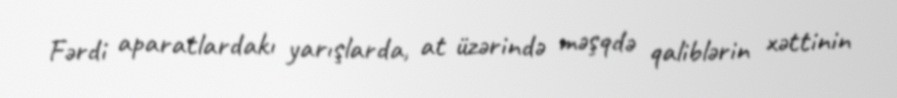
Fərdi aparatlardakı yarışlarda, at üzərində məşqdə qaliblərin xəttinin